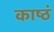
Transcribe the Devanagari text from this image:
काष्ठं